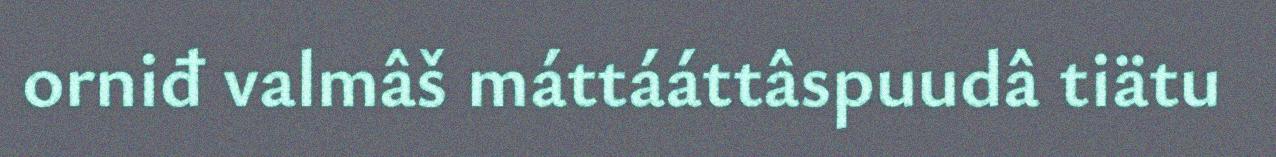
orniđ valmâš máttááttâspuudâ tiätu